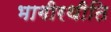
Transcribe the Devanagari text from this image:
भागीरथीति